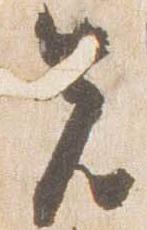
先